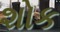
શોક